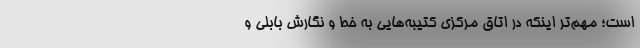
است؛ مهم‌تر اینکه در اتاق مرکزی کتیبه‌هایی به خط و نگارش بابلی و